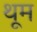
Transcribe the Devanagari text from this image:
थूम